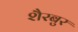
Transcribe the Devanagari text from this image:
शैरबुर